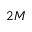
2 M